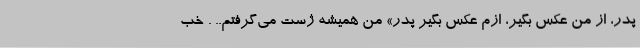
پدر، از من عکس بگیر، ازم عکس بگیر پدر» من همیشه ژست می‌گرفتم.. . خب